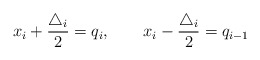
\begin{align*} x_i+\frac{\triangle _i}{2}=q_i, \qquad x_i-\frac{\triangle _i}{2}=q_{i-1}\end{align*}